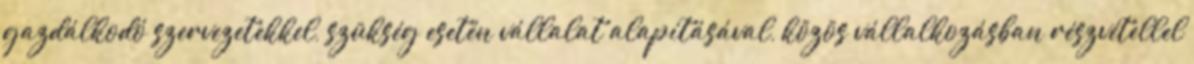
gazdálkodó szervezetekkel, szükség esetén vállalat alapításával, közös vállalkozásban részvétellel